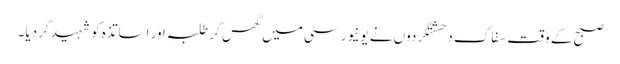
صبح کے وقت سفاک دھشتگردوں نے یونیورسٹی میں گھس کر طلبہ اور اساتذہ کو شہید کر دیا۔